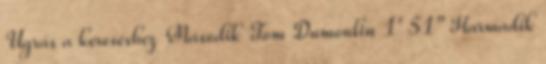
Ugrás a kereséshez Második Tom Dumoulin 1' 51" Harmadik